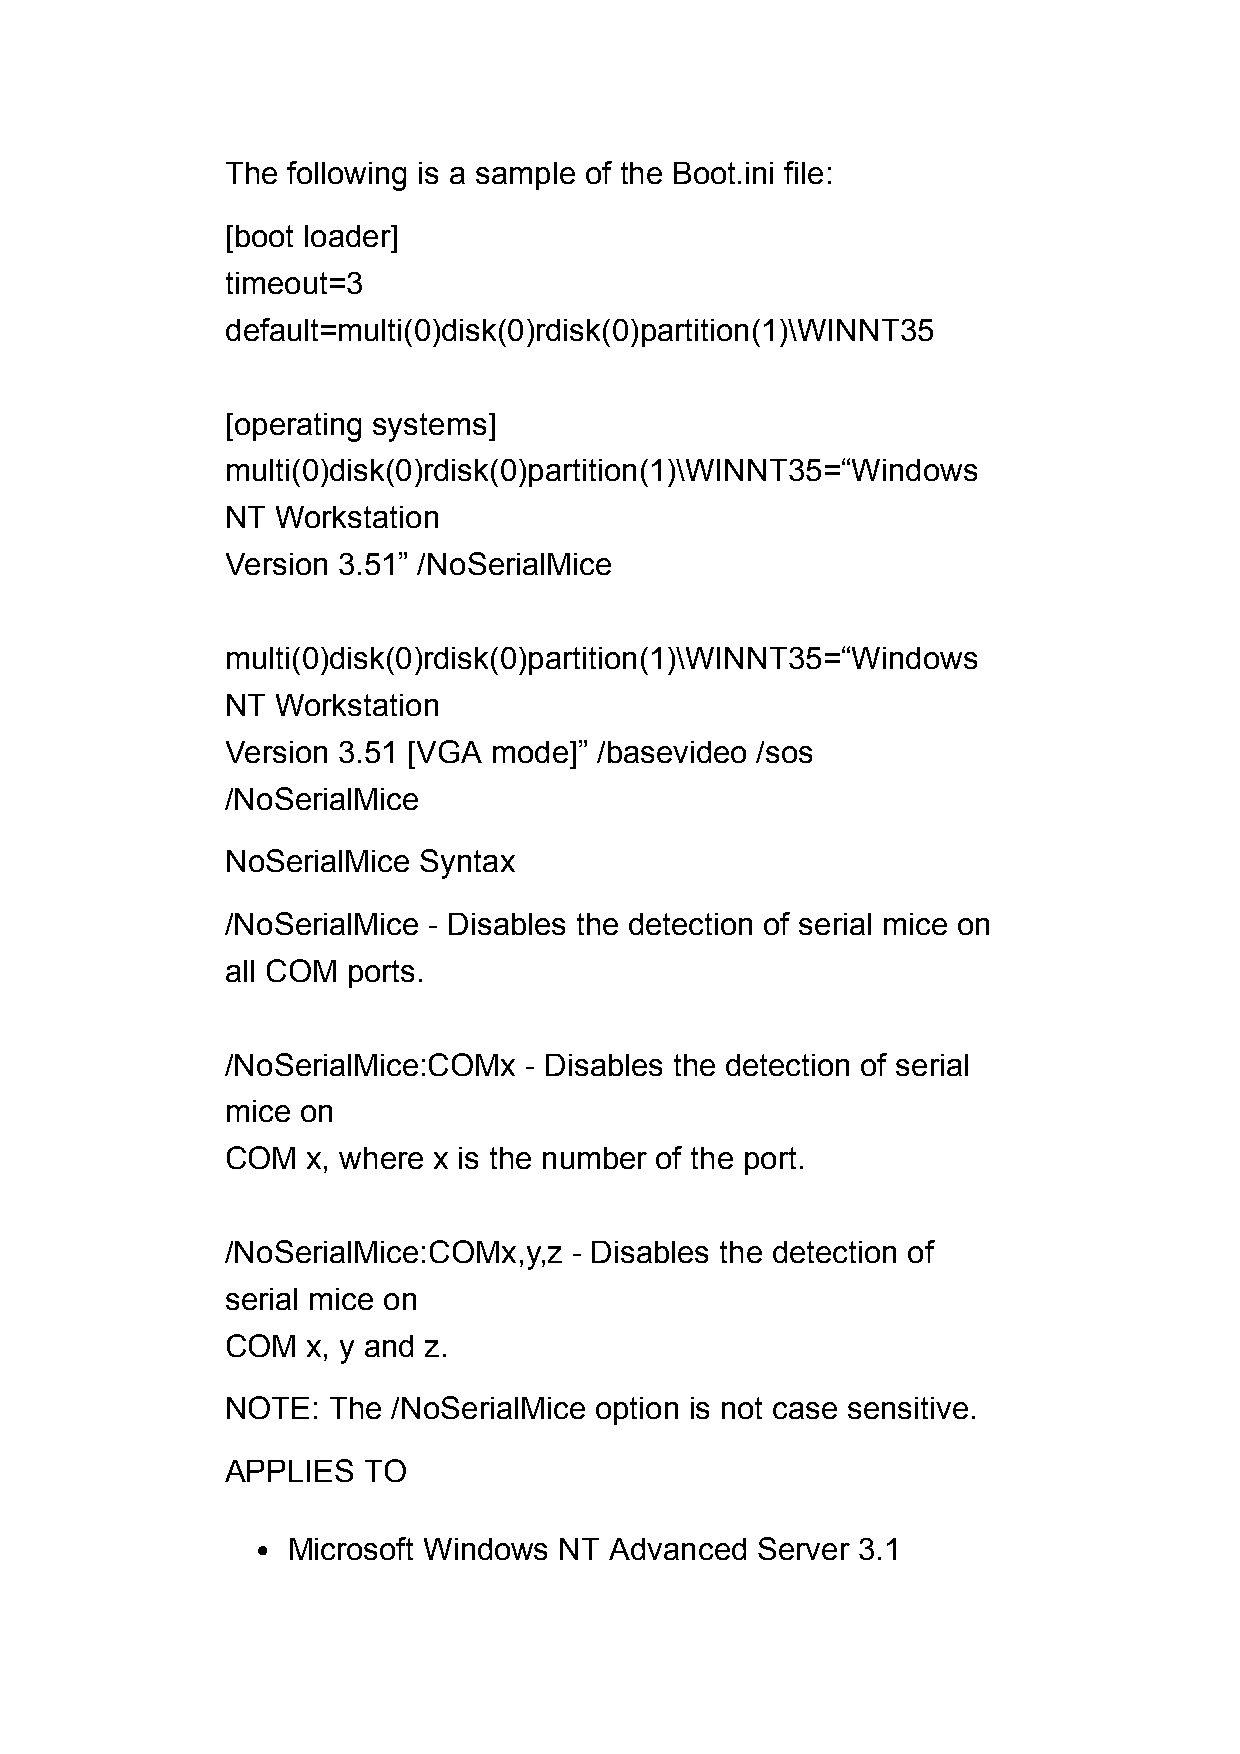
The following is a sample of the Boot.ini file:
 [boot loader]
 timeout=3
 default=multi(0)disk(0)rdisk(0)partition(1)\WINNT35
 [operating systems]
 multi(0)disk(0)rdisk(0)partition(1)\WINNT35=“Windows
 NT Workstation
 Version 3.51” /NoSerialMice
 multi(0)disk(0)rdisk(0)partition(1)\WINNT35=“Windows
 NT Workstation
 Version 3.51 [VGA mode]” /basevideo /sos
 /NoSerialMice
 NoSerialMice Syntax
 /NoSerialMice - Disables the detection of serial mice on
 all COM ports.
 /NoSerialMice:COMx  - Disables the detection of serial
 mice on
 COM  x, where x is the number of the port.
 /NoSerialMice:COMx,y,z - Disables the detection of
 serial mice on
 COM  x, y and z.
 NOTE:  The /NoSerialMice option is not case sensitive.
 APPLIES  TO
 Microsoft Windows NT Advanced  Server 3.1